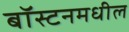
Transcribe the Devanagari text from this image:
बॉस्टनमधील